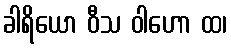
ခါရိယော ဝီသ ဝါဟော ထ၊